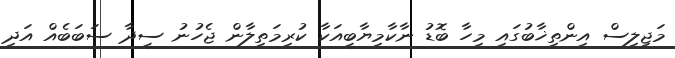
މަޖިލިސް އިންތިޚާބުގައި މިހާ ބޮޑު ނާކާމިޔާބީއަކާ ކުރިމަތިލާން ޖެހުނު ސީދާ ސަބަބެއް އަދި